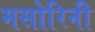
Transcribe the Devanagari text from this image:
मसोरिनी